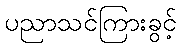
ပညာသင်ကြားခွင့်